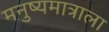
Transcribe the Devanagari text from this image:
मनुष्यमात्राला